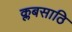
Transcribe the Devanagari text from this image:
क्लबसाठि